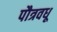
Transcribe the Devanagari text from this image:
पौत्रवधू